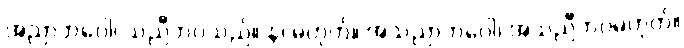
အညာဘဝေါ၊ သညီဘဝသည်။ န၊ မဟုတ်။ အသညာဘဝေါ၊ အသညီဘဝမဟုတ်။